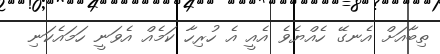
ތިބާއަށް އެނގޭ ހެއްޔެވެ އެއީ އެ ހުރިހާ ކަމެއް އެވަނީ ހަމައެކަނި